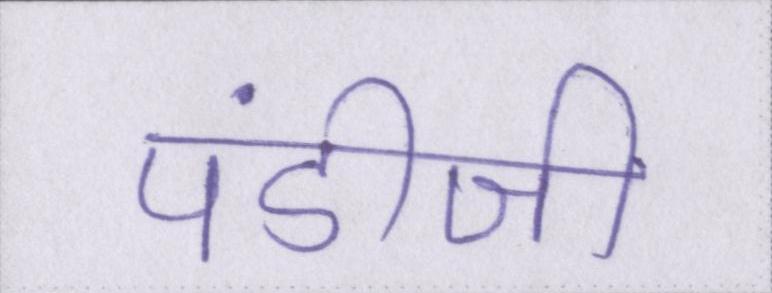
पंडीजी